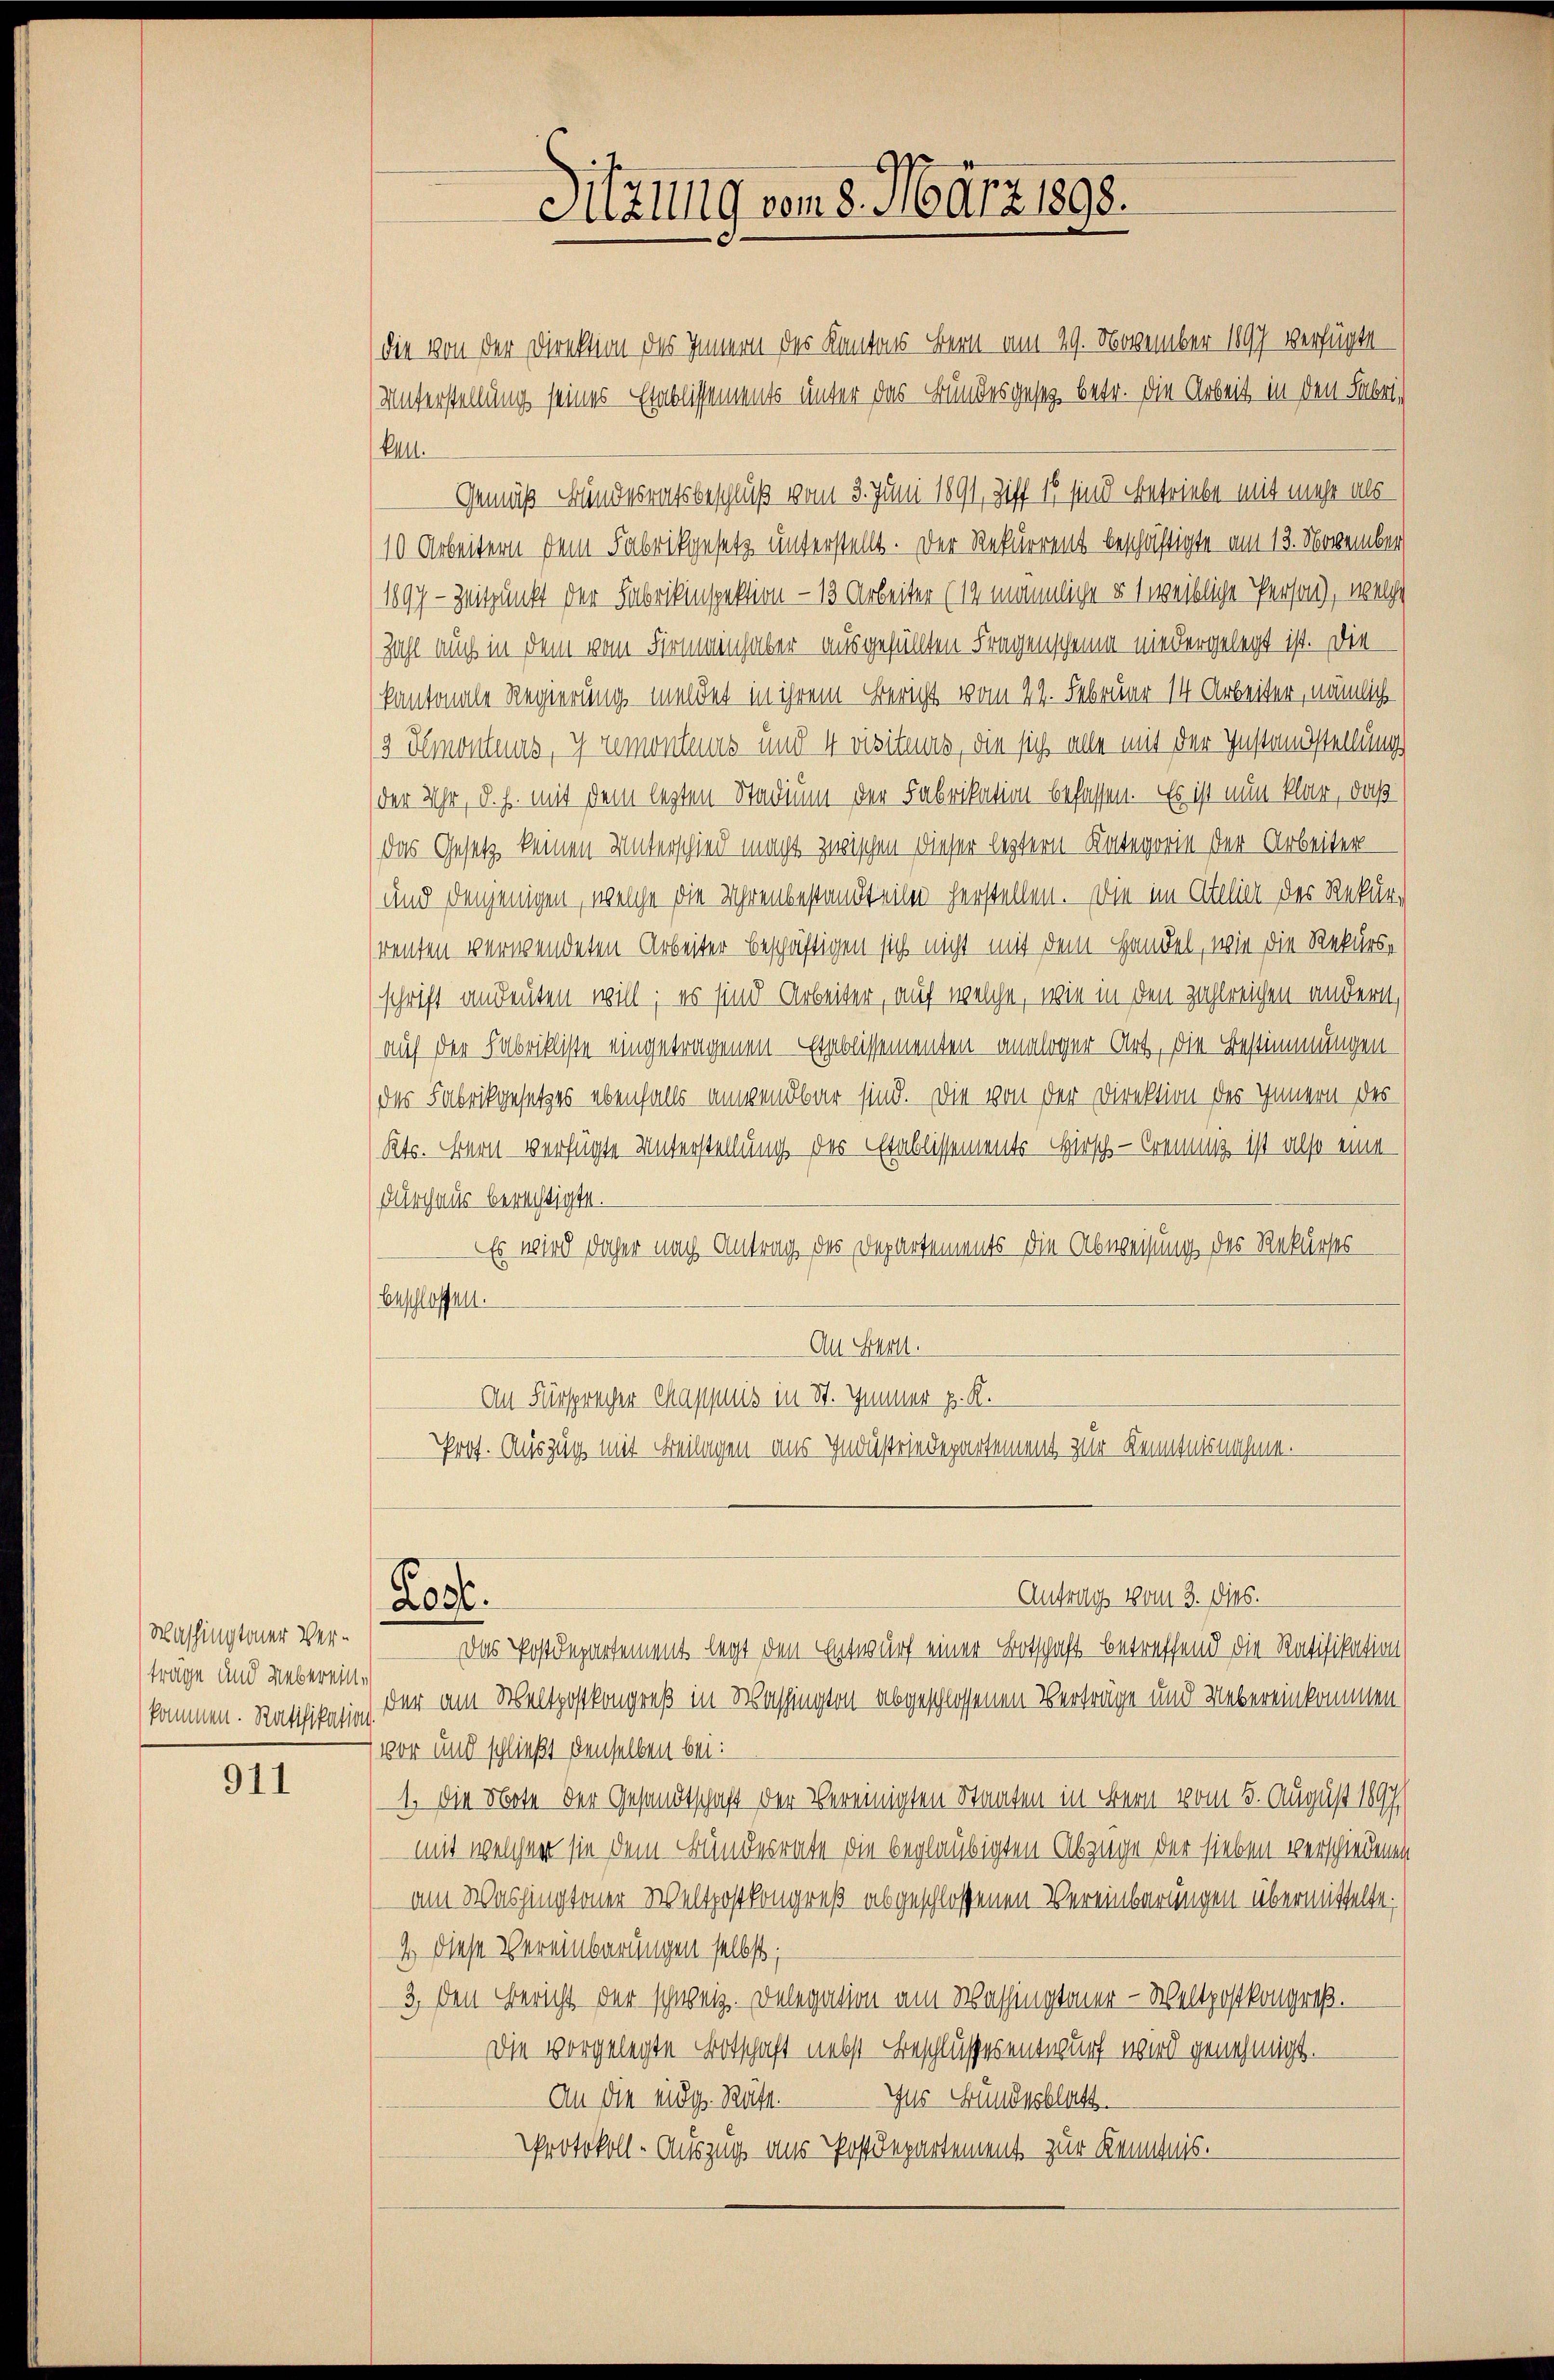
Washingtoner Vertrage und Uebereinkommen. Ratifikation

911

die von der Direktion des Innern des Kantons Bern am 29. November 1897 verfügte
Unterstellung seines Etablissements unter das Bundesgesetz betr. die Arbeit in den Fabri¬
Eall.
Gemäß Bundesratsbeschluß vom 3. Juni 1891, Ziff 17 sind Betriebe mit mehr als
10 Arbeitern dem Fabrikgesetz unterstellt. Der Rekurrent beschäftigte am 12. November
1897 - Zeitpunkt der Fabrikinspektion – 13 Arbeiter (14 männliche u weibliche Person), welche
Zahl auch in dem vom Firmainhaber ausgefüllten Fragenscheine niedergelegt ist. Die
kantonale Regierung meldet in ihrem Bericht vom 22. Februar 14 Arbeiter, nämlich
3 Semontes, y remonteurs und 4 visiteurs, die sich alle mit der Instandstellung
der Uhr, d. h. mit dem lezten Stadium der Fabrikation befassen. Es ist nun klar, daß
das Gesetz keinen Unterschied macht zwischen dieser letztern Kategorie der Arbeiter
und denjenigen, welche die Uhrenbestandteilen herstellen. Die im Atelier der Rekurrenten verwendeten Arbeiter beschäftigen sich nicht mit dem Handel, wie die Rekursschrift andeuten will; es sind Arbeiter, auf welche, wie in den zahlreichen andern,
auf der Fabrikliste eingetragenen Etablissementen analoger Art, die Bestimmungen
des Fabrikgesetzes ebenfalls anwendbar sind. Die von der Direktion des Innern des
Kts. Bern verfügte Unterstellung des Etablissements-Hirsch. — Crenung ist also eine
durchaus berechtigte.
Es wird daher nach Antrag des Departements die Abweisung des Rekurses
beschlossen.
An Hrn.
An Fürsprecher Mappnis in St. Immer p. K.
Prof. Auszug mit Beilagen aus Industriedepartement zur Kenntnisnahme.

Rost.

Sitzung vom 8. März 1898.

Das Postdepartement legt den Entwurf einer Botschaft betreffend die Ratifikation
der am Weltpostkongreß in Washington abgeschlossenen Verträge und Uebereinkommen
vor und schließt denselben bei:
1. Die Note der Gesandtschaft der Vereinigten Staaten in Bern vom 5. August 1897
mit welcher sie dem Bundesrate die beglaubigten Abzuge der sieben verschiedenen
am Washingtoner Weltpostkongreß abgeschlossenen Vereinbarungen übermittelte;
4.) Diese Vereinbarungen selbst;
3., den Bericht der schweiz. Delegation am Washingtoner-Weltpostkongreß.
Die vorgelegte Botschaft nebst Beschlussesentwurf wird genehmigt.
Zus Bundesblatt
An die eidg. Räte.
Protokoll- Auszug aus Postdepartement zur Kenntnis.

Antrag vom 3. Dies.